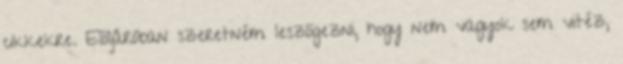
cikkekre. Elöljáróban szeretném leszögezni, hogy nem vagyok sem vitéz,